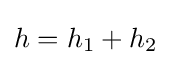
h=h_{1}+h_{2}